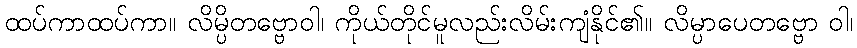
ထပ်ကာထပ်ကာ။ လိမ္ပိတဗ္ဗောဝါ၊ ကိုယ်တိုင်မူလည်းလိမ်းကျံနိုင်၏။ လိမ္ပာပေတဗ္ဗော ဝါ၊